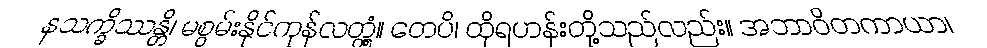
နသက္ခိဿန္တိ၊ မစွမ်းနိုင်ကုန်လတ္တံ့။ တေပိ၊ ထိုရဟန်းတို့သည်လည်း။ အဘာဝိတကာယာ၊